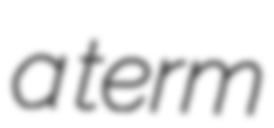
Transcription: a term